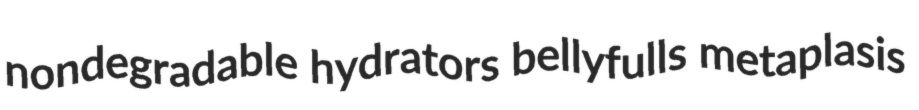
nondegradable hydrators bellyfulls metaplasis